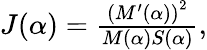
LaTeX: \begin{array}{r}{J(\alpha)=\frac{\left(M^{\prime}(\alpha)\right)^{2}}{M(\alpha)S(\alpha)},}\end{array}